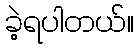
ခဲ့ရပါတယ်။